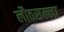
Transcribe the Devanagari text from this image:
लौठसल्ला